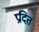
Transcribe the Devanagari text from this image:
प्रदित